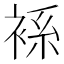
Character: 𧚃